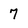
Character: 7